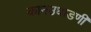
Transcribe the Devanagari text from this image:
कानउघाडणी